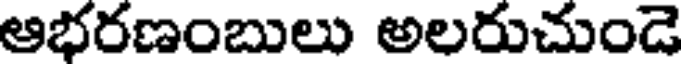
ఆభరణంబులు అలరుచుండె